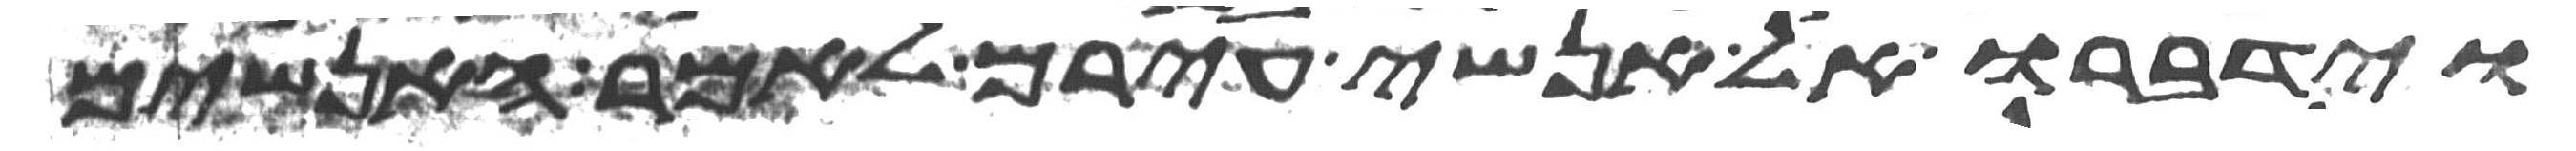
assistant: וידברו אל אנשי עירם לאמר האנשים